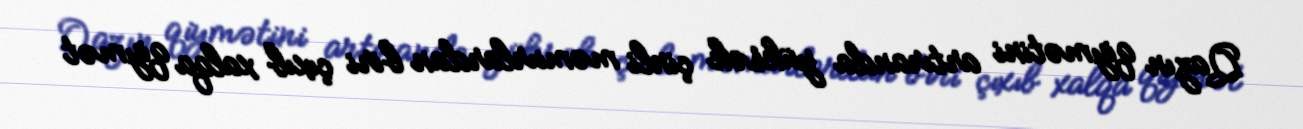
Qazın qiymətini artıranda yüksək çinli məmurlardan biri çıxıb xalqa qiymət